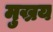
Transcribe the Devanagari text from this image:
मुख्रय